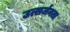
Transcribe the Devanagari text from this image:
उत्सर्जनता